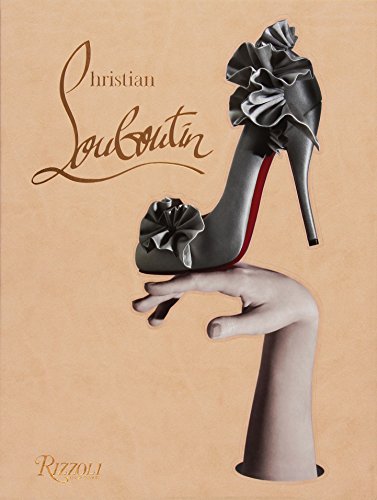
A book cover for Christian Louboutin; Christian Louboutin; Arts & Photography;